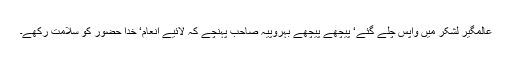
عالمگیر لشکر میں واپس چلے گئے‘ پیچھے پیچھے بہروپیہ صاحب پہنچے کہ لائیے انعام‘ خدا حضور کو سلامت رکھے۔